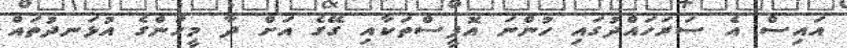
އައިސް އެ ސަރަހައްދުގައި ހުންނަ އޮފީސްތަކާއި ގޭގެ އަށް ދާ މީހުންގެ އުޅަނދުތައް